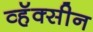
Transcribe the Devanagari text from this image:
व्हॅक्सीन